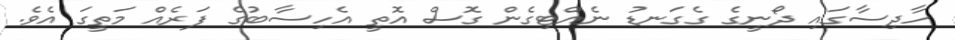
ހާދިސާގައި ދޯނީގެ ގެގަނޑު ނެއްޓިގެން ގޮސް އޮތީ އެހިސާބުގެ ފަރެއް މަތީގަ އެވެ.